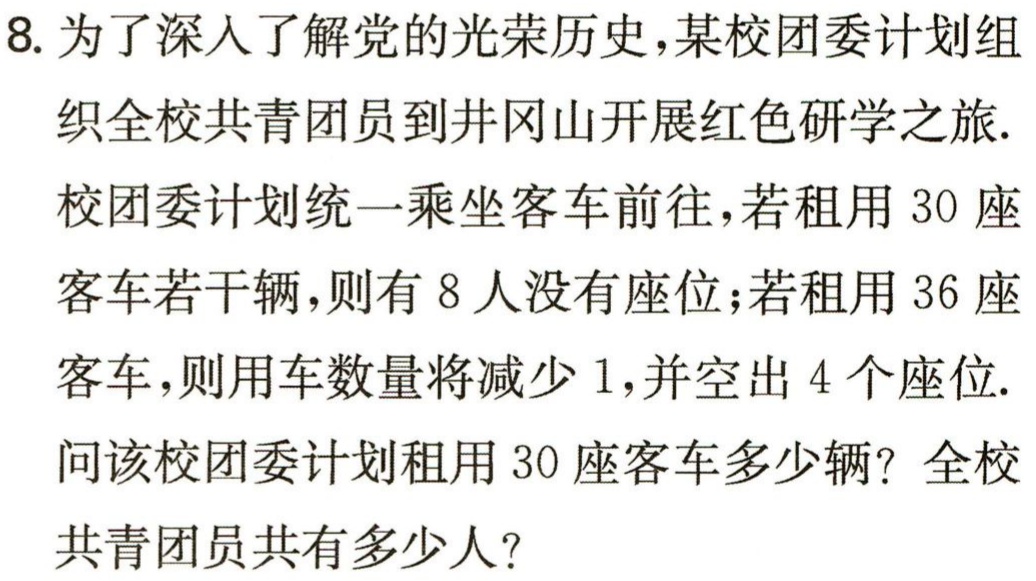
8. 为了深入了解党的光荣历史，某校团委计划组

织全校共青团员到井冈山开展红色研学之旅.

校团委计划统一乘坐客车前往，若租用 \(30\) 座

客车若干辆，则有 \(8\) 人没有座位；若租用 \(36\) 座

客车，则用车数量将减少 \(1\)，并空出 \(4\) 个座位.

问该校团委计划租用 \(30\) 座客车多少辆？全校

共青团员共有多少人？